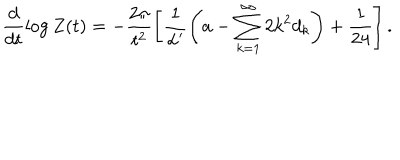
\frac d { d t } \log Z ( t ) = - \frac { 2 \pi } { t ^ { 2 } } \left[ \frac 1 { \alpha ^ { \prime } } \left( a - \sum _ { k = 1 } ^ { \infty } 2 k ^ { 2 } d _ { k } \right) + \frac 1 { 2 4 } \right] .